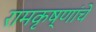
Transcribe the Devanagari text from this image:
रामकृष्णांचे